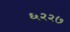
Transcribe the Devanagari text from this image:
६२२७